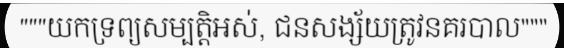
"""យកទ្រព្យសម្បត្តិអស់, ជនសង្ស័យត្រូវនគរបាល"""